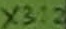
Text: X3:2